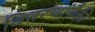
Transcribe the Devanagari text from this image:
वितरणांपैकी